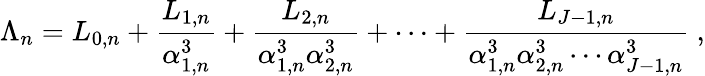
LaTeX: \Lambda_{n}=L_{0,n}+\frac{L_{1,n}}{\alpha_{1,n}^{3}}+\frac{L_{2,n}}{\alpha_{1,n}^{3}\alpha_{2,n}^{3}}+\cdots+\frac{L_{J-1,n}}{\alpha_{1,n}^{3}\alpha_{2,n}^{3}\cdots\alpha_{J-1,n}^{3}}~,